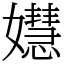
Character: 𡣺